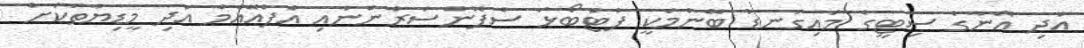
އަދި އޭނާގެ ސިޓީގެ މައިގަނޑު ބޭނުމަކީ ފުޓްބޯޅަ ސްޕޮންސަރުންނާއި އެފްއޭއެމް އަދި މީޑިޔާތަކަށް